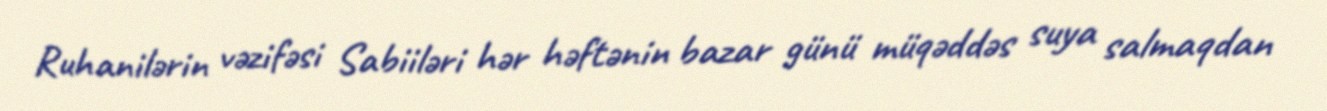
Ruhanilərin vəzifəsi Sabiiləri hər həftənin bazar günü müqəddəs suya salmaqdan